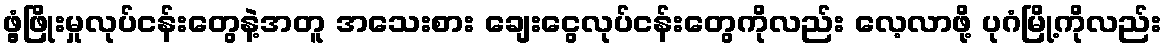
ဖွံ့ဖြိုးမှုလုပ်ငန်းတွေနဲ့အတူ အသေးစား ချေးငွေလုပ်ငန်းတွေကိုလည်း လေ့လာဖို့ ပုဂံမြို့ကိုလည်း